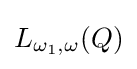
L_{\omega _{1},\omega }(Q)